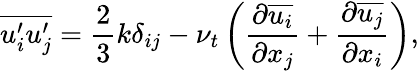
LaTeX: {\overline{{u_{i}^{\prime}u_{j}^{\prime}}}}={\frac{2}{3}}k\delta_{ij}-\nu_{t}\left({\frac{\partial{\overline{{u_{i}}}}}{\partial x_{j}}}+{\frac{\partial{\overline{{u_{j}}}}}{\partial x_{i}}}\right),